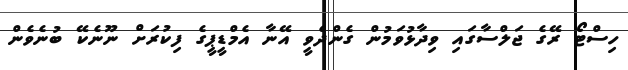
ހިސްޓޯ ރޭގެ ޖަލްސާގައި ވިދާޅުވަމުން ގެންދެވީ އޭނާ އެމްޑީޕީގެ ފިކުރަށް ނޫނެކޭ ބުނެވެން